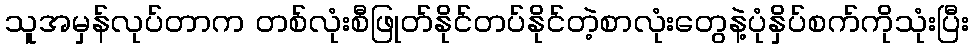
သူအမှန်လုပ်တာက တစ်လုံးစီဖြုတ်နိုင်တပ်နိုင်တဲ့စာလုံးတွေနဲ့ပုံနှိပ်စက်ကိုသုံးပြီး